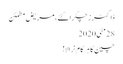
ڈاکٹرز چکرا گئے، مریض مطمئن
28مئی2020
چین کا ہر کام نرالا!